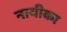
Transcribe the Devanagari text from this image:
नायीका